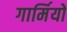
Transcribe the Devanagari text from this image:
गार्मियों